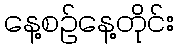
နေ့စဉ်နေ့တိုင်း